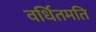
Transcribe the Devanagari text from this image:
वर्धितमति